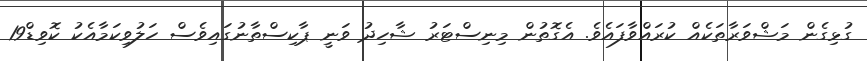
ގުޅިގެން މަޝްވަރާތަކެއް ކުރައްވާފައެވެ. އެގޮތުން މިނިސްޓަރު ޝާހިދު ވަނީ ޕާކިސްތާނުގައިވެސް ހަލުވިކަމާއެކު ކޮވިޑް19